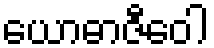
ယောဓာဇီဝေါ